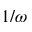
1 / \omega